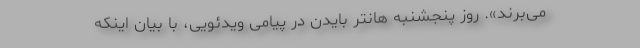
می‌برند». روز پنجشنبه هانتر بایدن در پیامی ویدئویی، با بیان اینکه